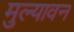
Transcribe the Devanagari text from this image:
मुल्यावन